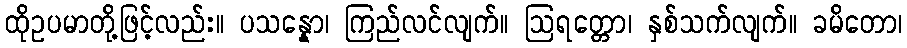
ထိုဥပမာတို့ဖြင့်လည်း။ ပသန္နော၊ ကြည်လင်လျက်။ ဩရတ္တော၊ နှစ်သက်လျက်။ ခမိတော၊